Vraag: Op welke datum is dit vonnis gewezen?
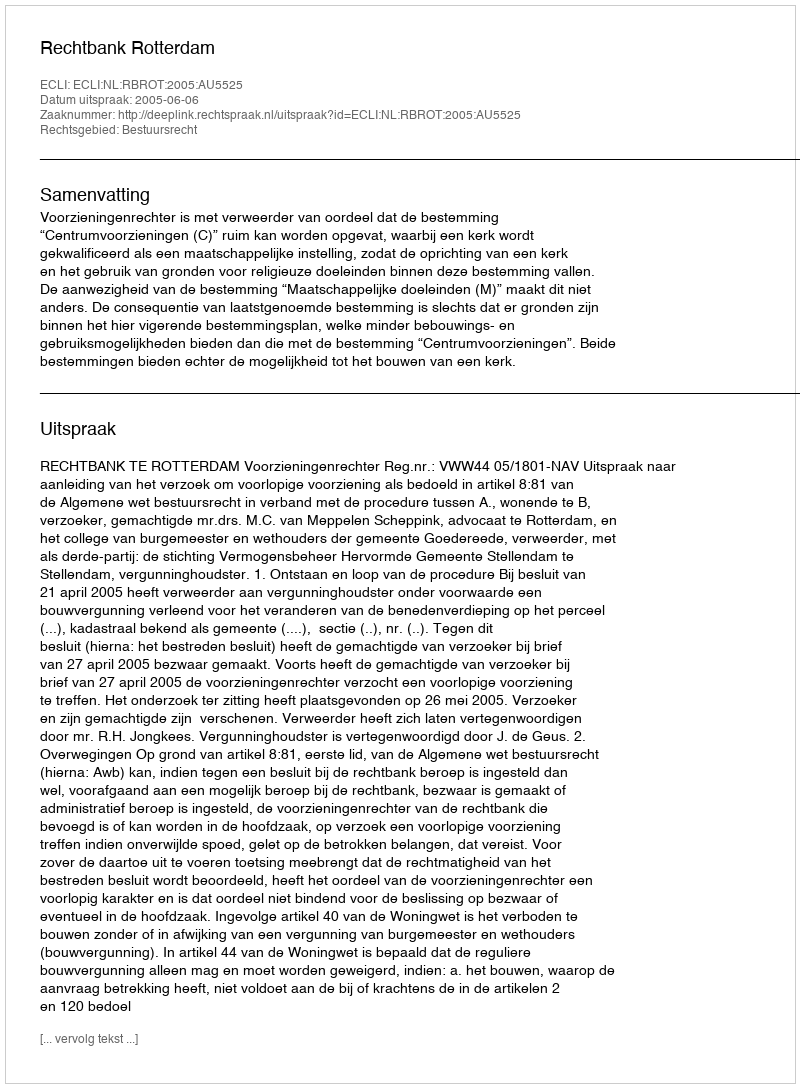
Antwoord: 2005-06-06